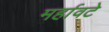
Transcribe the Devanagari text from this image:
मर्हावटे